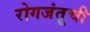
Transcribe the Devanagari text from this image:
रोगजंतूची